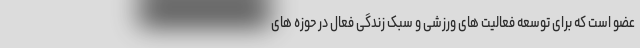
عضو است که برای توسعه فعالیت های ورزشی و سبک زندگی فعال در حوزه های